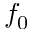
f _ { 0 }